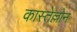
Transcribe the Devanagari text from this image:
कास्तेल्लोन